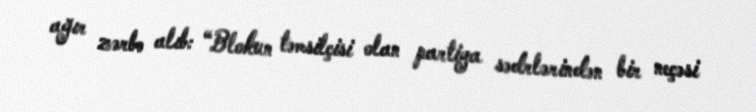
ağır zərbə alıb: “Blokun təmsilçisi olan partiya sədrlərindən bir neçəsi